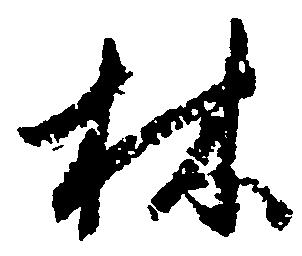
林